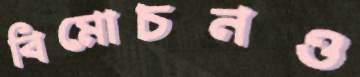
বিমোচনও